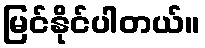
မြင်နိုင်ပါတယ်။